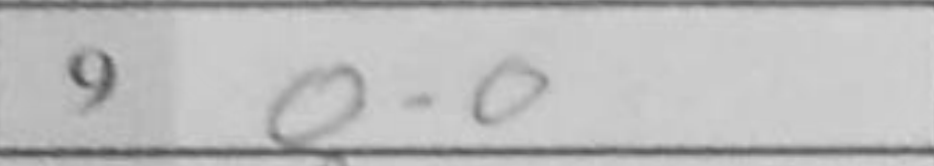
Transcription: O-O